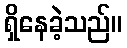
ရှိနေခဲ့သည်။